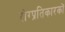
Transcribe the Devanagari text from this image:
रोग्प्रतिकारकों